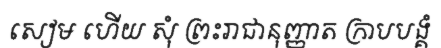
សៀម ហើយ សុំ ព្រះរាជានុញ្ញាត ក្រាបបង្គំ